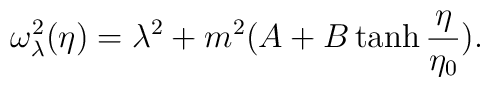
\omega_{\lambda}^{2}(\eta)=\lambda^{2}+m^{2}(A+B \tanh\frac{\eta}{\eta_{0}}).